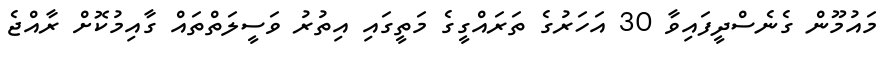
މައުމޫން ގެނެސްދީފައިވާ 30 އަހަރުގެ ތަރައްގީގެ މަތީގައި އިތުރު ވަސީލަތްތައް ގާއިމުކޮށް ރާއްޖެ